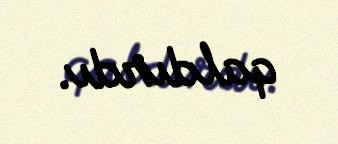
qaldırdı.